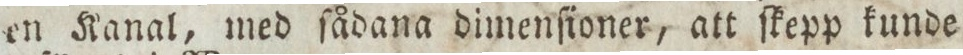
en Kanal, med ſådana dimenſioner, att ſkepp kunde